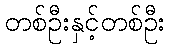
တစ်ဦးနှင့်တစ်ဦး